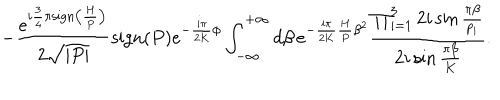
LaTeX: - \frac { e ^ { i \frac { 3 } { 4 } \pi \mathrm { s i g n } \left( \frac { H } { P } \right) } } { 2 \sqrt { | P | } } \mathrm { s i g n } ( P ) e ^ { - \frac { i \pi } { 2 K } \phi } \int _ { - \infty } ^ { + \infty } d \beta \, e ^ { - \frac { i \pi } { 2 K } \frac { H } { P } \beta ^ { 2 } } \frac { \prod _ { i = 1 } ^ { 3 } 2 i \sin \frac { \pi \beta } { p _ { i } } } { 2 i \sin \frac { \pi \beta } { K } } .